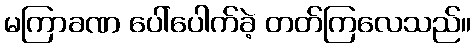
မကြာခဏ ပေါ်ပေါက်ခဲ့ တတ်ကြလေသည်။